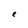
Character: e